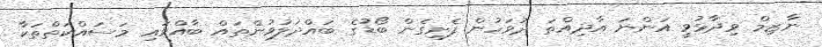
ނާޒިމް ވިދާޅުވީ އަންނަ އާދިއްތަ ދުވަހުން ފެށިގެން ބޯޑުގެ ބައްދަލުވުންތައް ބާއްވައި މަސައްކަތްތަކާ